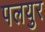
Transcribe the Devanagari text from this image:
पलयुर